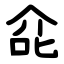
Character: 㖋